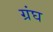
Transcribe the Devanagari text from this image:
ग्रंघ